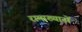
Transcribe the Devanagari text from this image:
रामाख्यानों